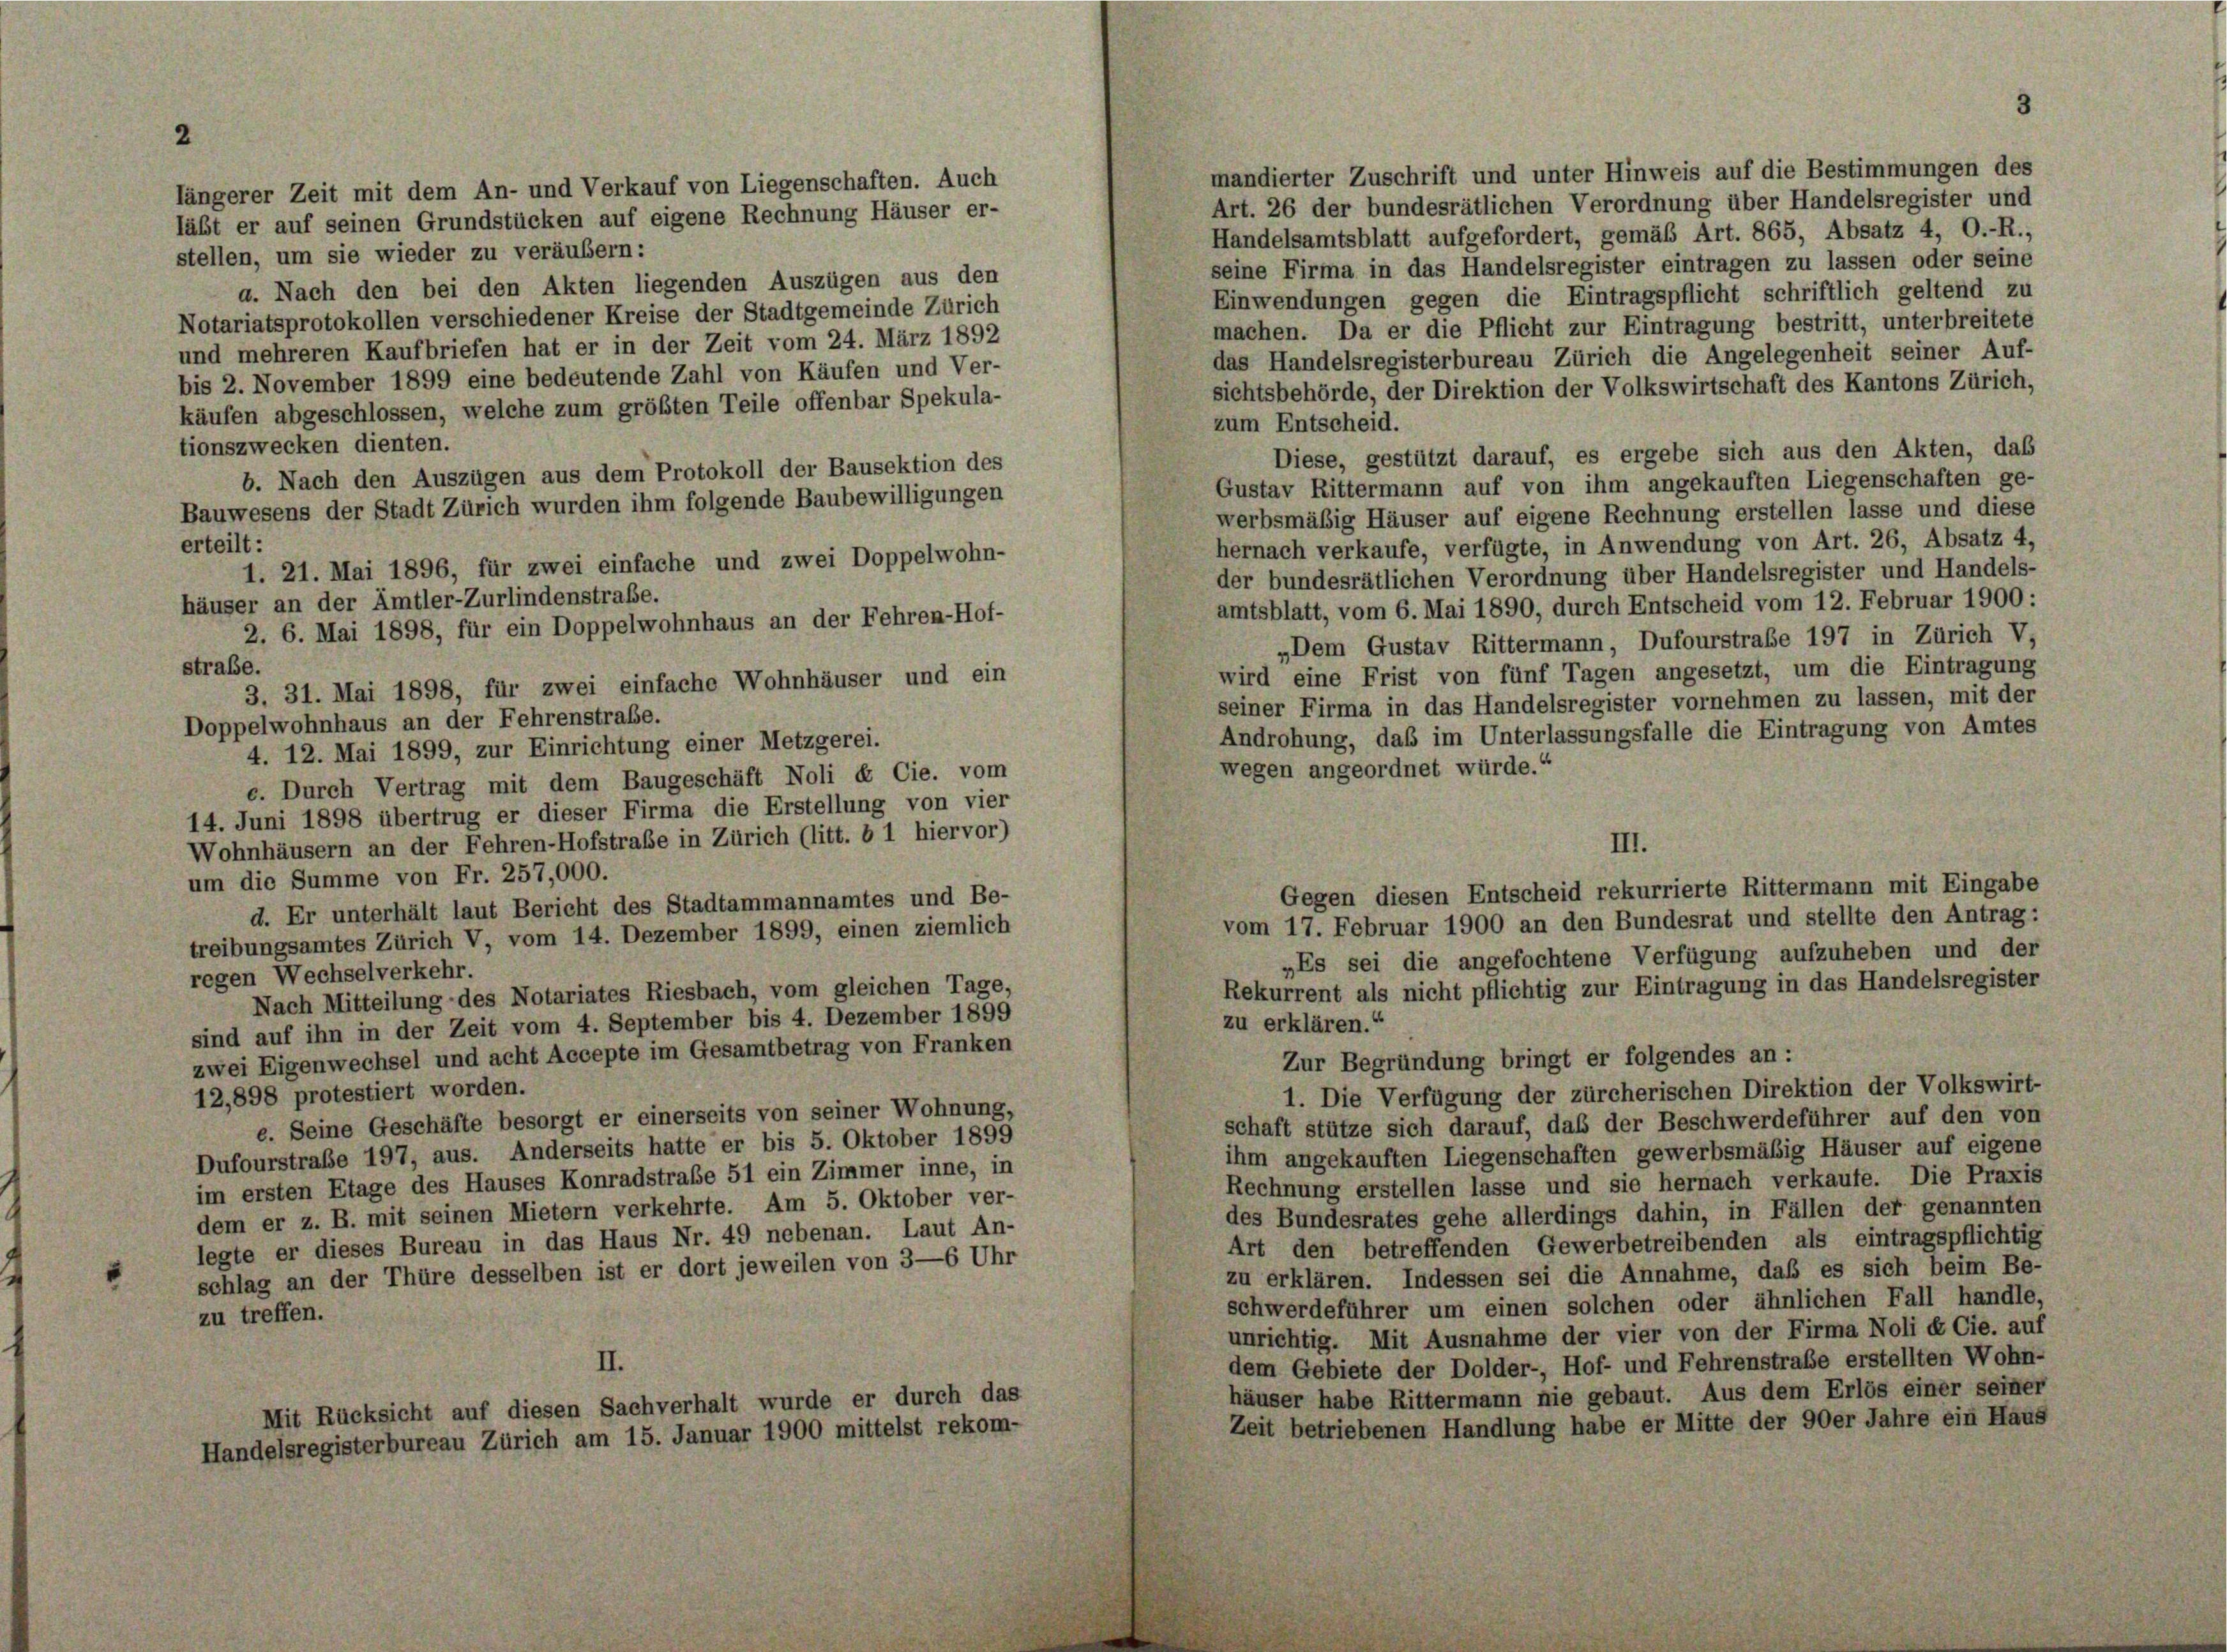
mandierter Zuschrift und unter Hinweis auf die Bestimmungen des
längerer Zeit mit dem An- und Verkauf von Liegenschaften. Auch
Art. 26 der bundesrätlichen Verordnung über Handelsregister und
Handelsamtsblatt aufgefordert, gemäß Art. 865, Absatz 4, O.-R.,
stellen, um sie wieder zu veräubern:
seine Firma in das Handelsregister eintragen zu lassen oder seine
a. Nach den bei den Akten liegenden Auszügen aus den
Einwendungen gegen die Eintragspflicht schriftlich geltend zu
Notariatsprotokollen verschiedener Kreise der Stadtgemeinde Zürich
machen. Da er die Pflicht zur Eintragung bestritt, unterbreitete
und mehreren Kaufbriefen hat er in der Zeit vom 24. März 1892
das Handelsregisterbureau Zürich die Angelegenheit seiner Auf-
bis 2. November 1899 eine bedeutende Zahl von Käufen und Ver-
sichtsbehörde, der Direktion der Volkswirtschaft des Kantons Zürich,
käufen abgeschlossen, welche zum größten Teile offenbar Spekula-
zum Entscheid.
tionszwecken dienten.
Diese, gestützt darauf, es ergebe sich aus den Akten, das
b. Nach den Auszügen aus dem Protokoll der Bausektion des
Gustav Rittermann auf von ihm angekauften Liegenschaften ge-
Bauwesens der Stadt Zürich wurden ihm folgende Baubewilligungen
werbsmäßig Häuser auf eigene Rechnung erstellen lasse und diese
erteilt:
hernach verkaufe, verfügte, in Anwendung von Art. 26, Absatz 4,
1. 21. Mai 1896, für zwei einfache und zwei Doppelwohn-
der bundesrätlichen Verordnung über Handelsregister und Handels-
häuser an der Amtler-Zurlindenstraße.
amtsblatt, vom 6. Mai 1890, durch Entscheid vom 12. Februar 1900 :
2. 6. Mai 1898, für ein Doppelwohnhaus an der Fehren-Hof-
„Dem Gustav Rittermann, Dufourstraße 197 in Zürich V.
straße.
wird eine Frist von fünf Tagen angesetzt, um die Eintragung
3. 31. Mai 1898, für zwei einfache Wohnhäuser und ein
seiner Firma in das Handelsregister vornehmen zu lassen, mit der
Doppelwohnhaus an der Fehrenstraße.
Androhung, daß im Unterlassungsfalle die Eintragung von Amtes
4. 12. Mai 1899, zur Einrichtung einer Metzgerei.
wegen angeordnet würde.“
c. Durch Vertrag mit dem Baugeschäft Noli & Cie. vom
14. Juni 1898 übertrug er dieser Firma die Erstellung von vier
Wohnhäusern an der Fehren-Hofstraße in Zürich (litt. b 1 hiervor)
III.
um die Summe von Fr. 257,000.
Gegen diesen Entscheid rekurrierte Rittermann mit Eingabe
d. Er unterhält laut Bericht des Stadtammannamtes und Be-
vom 17. Februar 1900 an den Bundesrat und stellte den Antrag:
treibungsamtes Zürich V, vom 14. Dezember 1899, einen ziemlich
„Es sei die angefochtene Verfügung aufzuheben und der
regen Wechselverkehr.
Rekurrent als nicht pflichtig zur Eintragung in das Handelsregister
Nach Mitteilung des Notariates Riesbach, vom gleichen Tage,
zu erklären.“
sind auf ihn in der Zeit vom 4. September bis 4. Dezember 1899
zwei Eigenwechsel und acht Accepte im Gesamtbetrag von Franken
Zur Begründung bringt er folgendes an:
1. Die Verfügung der zürcherischen Direktion der Volkswirt-
12,898 protestiert worden.
e. Seine Geschäfte besorgt er einerseits von seiner Wohnung,
schaft stütze sich darauf, daß der Beschwerdeführer auf den von
Dufourstraße 197, aus. Anderseits hatte er bis 5. Oktober 1899
ihm angekauften Liegenschaften gewerbsmäßig Häuser auf eigene
im ersten Etage des Hauses Konradstraße 51 ein Zimmer inne, in
Rechnung erstellen lasse und sie hernach verkaufe. Die Praxis
dem er z. B. mit seinen Mietern verkehrte. Am 5. Oktober ver-
des Bundesrates gehe allerdings dahin, in Fällen der genannten
legte er dieses Bureau in das Haus Nr. 49 nebenan. Laut An-
Art den betreffenden Gewerbetreibenden als eintragspflichtig
schlag an der Thüre desselben ist er dort jeweilen von 3—6 Uhr
zu erklären. Indessen sei die Annahme, daß es sich beim Be-
schwerdeführer um einen solchen oder ähnlichen Fall handle
zu treffen.
unrichtig. Mit Ausnahme der vier von der Firma Noli & Cie. auf
II.
dem Gebiete der Dolder-, Hof- und Fehrenstraße erstellten Wohn-
häuser habe Rittermann nie gebaut. Aus dem Erlös einer seiner
Mit Rücksicht auf diesen Sachverhalt wurde er durch das
Zeit betriebenen Handlung habe er Mitte der 90er Jahre ein Haus
Handelsregisterbureau Zürich am 15. Januar 1900 mittelst rekom-

läßt er auf seinen Grundstücken auf eigene Rechnung Häuser er-